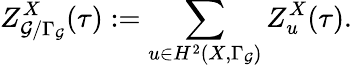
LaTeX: Z_{{\cal G}/\Gamma_{\cal G}}^{X}(\tau):=\sum_{u\in H^{2}(X,\Gamma_{\cal G})}Z_{u}^{X}(\tau).